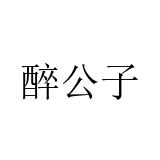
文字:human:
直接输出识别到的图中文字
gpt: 醉公子